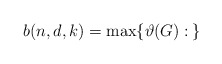
\begin{align*} b(n,d,k)=\max\{\vartheta(G):\: \}\end{align*}